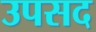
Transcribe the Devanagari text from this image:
उपसद